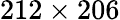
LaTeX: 212\times 206